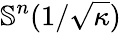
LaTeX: \mathbb{S}^{n}(1/{\sqrt{\kappa}})